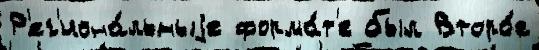
Р'ег'иона́льныjе форма́т'е был Второ́е